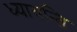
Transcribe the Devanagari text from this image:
ध्यायन्ति